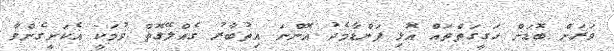
ވަރަށް ބޮޑަށް ހަގީގަތްތައް އޮޅި ފަންޑާމެދު އޮންނަ އިތުބާރު ގެއްލޭގޮތް ވުމަކީ އެކަށީގެންވާ